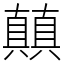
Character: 㒹